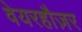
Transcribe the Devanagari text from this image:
वेयरहौज़र